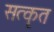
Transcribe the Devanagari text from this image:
सत्कृत